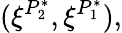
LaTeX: (\xi^{P_{2}^{*}},\xi^{P_{1}^{*}}),